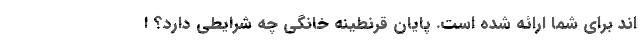
اند برای شما ارائه شده است. پایان قرنطینه خانگی چه شرایطی دارد؟ ا